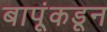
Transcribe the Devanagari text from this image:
बापूंकडून